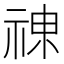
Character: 𱵐